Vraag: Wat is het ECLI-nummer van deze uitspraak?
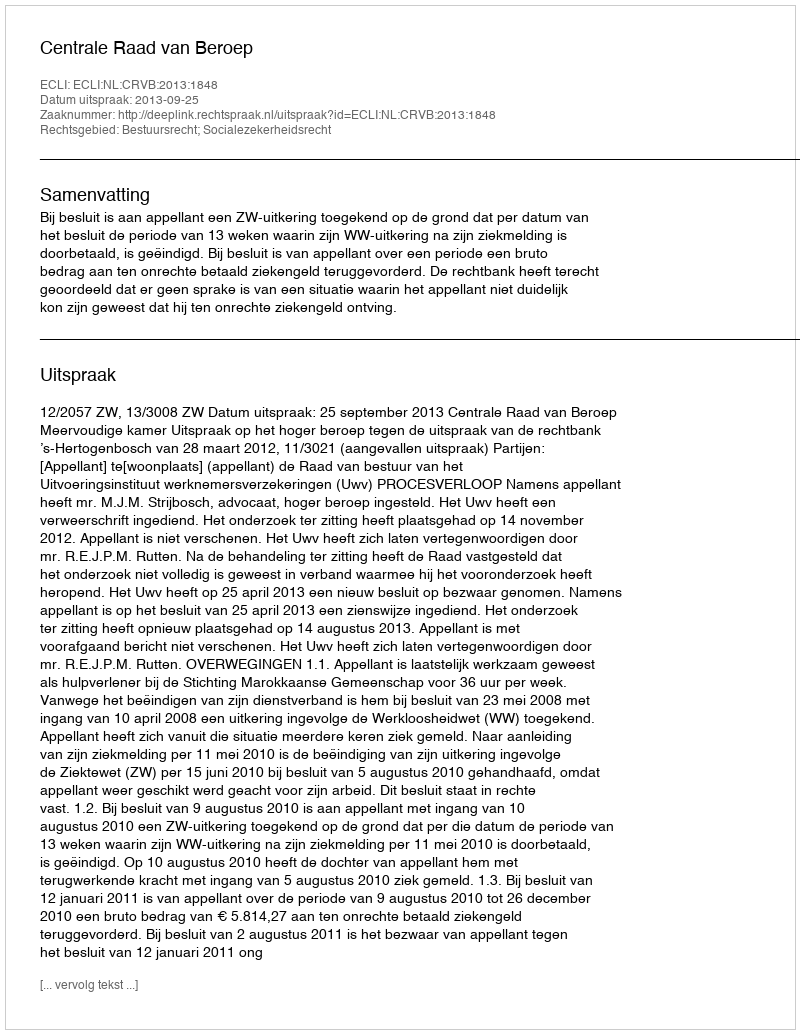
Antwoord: ECLI:NL:CRVB:2013:1848